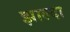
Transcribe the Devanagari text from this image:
झाल्दा